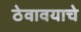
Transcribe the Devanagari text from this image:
ठेवावयाचे